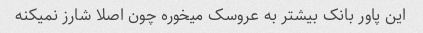
این پاور بانک بیشتر به عروسک میخوره چون اصلا شارز نمیکنه